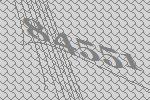
84551